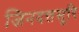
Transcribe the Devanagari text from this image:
जिनदत्तसूरि